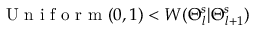
\mathrm { ~ U ~ n ~ i ~ f ~ o ~ r ~ m ~ } ( 0 , 1 ) < W ( \Theta _ { l } ^ { s } | \Theta _ { l + 1 } ^ { s } )